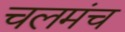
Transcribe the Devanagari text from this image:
चलमंच